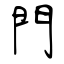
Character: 門